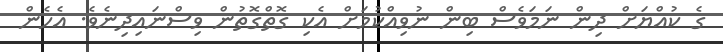
ގެ ކުއްޔަށް ދިން ނަމަވެސް ބިން ނުވިއްކުމަށް އެކި ގޮތްގޮތުން ވިސްނައިދިނެވެ. އެހެން